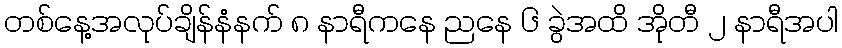
တစ်နေ့အလုပ်ချိန်နံနက် ၈ နာရီကနေ ညနေ ၆ ခွဲအထိ အိုတီ ၂ နာရီအပါ